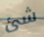
شئ